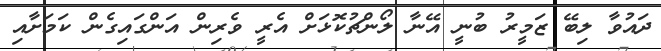
ދައުވާ ލިބޭ ޒަމީރު ބުނީ އޭނާ ލޯންޗުކޮޅަށް އެރީ ވެރިން އަންގައިގެން ކަމަށާއި